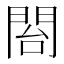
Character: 𮤍